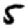
Digit: 5